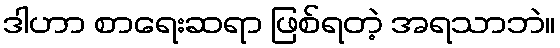
ဒါဟာ စာရေးဆရာ ဖြစ်ရတဲ့ အရသာဘဲ။